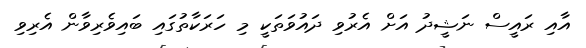
އާއި ރައީސް ނަޝީދު އަށް އެރުވި ދައުވަތަކީ މި ހަރަކާތުގައި ބައިވެރިވާން އެރިވި